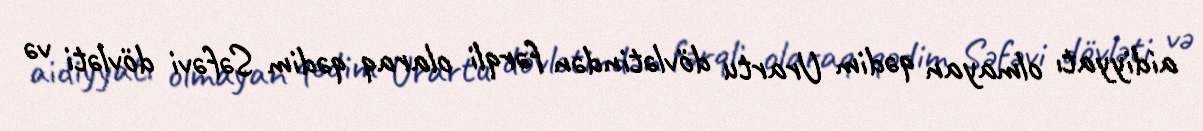
aidiyyatı olmayan qədim Urartu dövlətindən fərqli olaraq qədim Səfəvi dövləti və